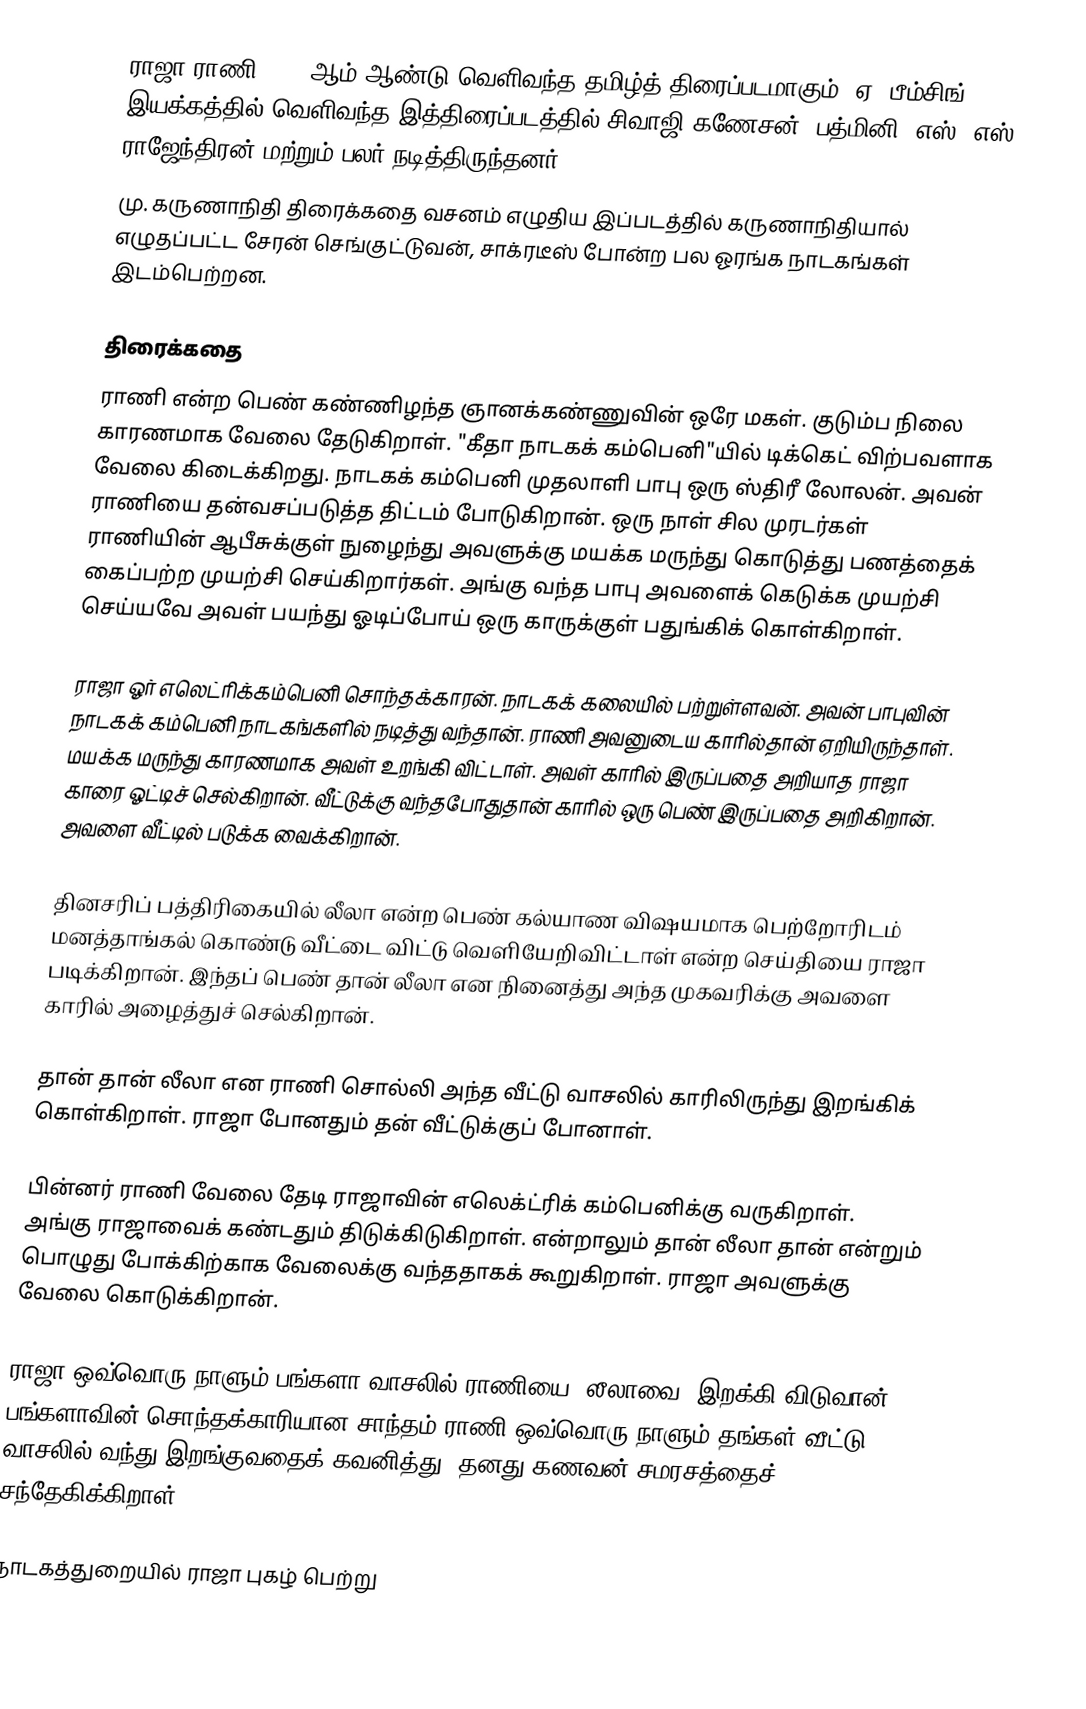
ராஜா ராணி 1956 ஆம் ஆண்டு வெளிவந்த தமிழ்த் திரைப்படமாகும். ஏ. பீம்சிங் இயக்கத்தில் வெளிவந்த இத்திரைப்படத்தில் சிவாஜி கணேசன், பத்மினி, எஸ். எஸ். ராஜேந்திரன் மற்றும் பலர் நடித்திருந்தனர்.
மு. கருணாநிதி திரைக்கதை வசனம் எழுதிய இப்படத்தில் கருணாநிதியால் எழுதப்பட்ட சேரன் செங்குட்டுவன், சாக்ரடீஸ் போன்ற பல ஓரங்க நாடகங்கள் இடம்பெற்றன.

திரைக்கதை
ராணி என்ற பெண் கண்ணிழந்த ஞானக்கண்ணுவின் ஒரே மகள். குடும்ப நிலை காரணமாக வேலை தேடுகிறாள். "கீதா நாடகக் கம்பெனி"யில் டிக்கெட் விற்பவளாக வேலை கிடைக்கிறது. நாடகக் கம்பெனி முதலாளி பாபு ஒரு ஸ்திரீ லோலன். அவன் ராணியை தன்வசப்படுத்த திட்டம் போடுகிறான். ஒரு நாள் சில முரடர்கள் ராணியின் ஆபீசுக்குள் நுழைந்து அவளுக்கு மயக்க மருந்து கொடுத்து பணத்தைக் கைப்பற்ற முயற்சி செய்கிறார்கள். அங்கு வந்த பாபு அவளைக் கெடுக்க முயற்சி செய்யவே அவள் பயந்து ஓடிப்போய் ஒரு காருக்குள் பதுங்கிக் கொள்கிறாள்.

ராஜா ஓர் எலெட்ரிக்கம்பெனி சொந்தக்காரன். நாடகக் கலையில் பற்றுள்ளவன். அவன் பாபுவின் நாடகக் கம்பெனி நாடகங்களில் நடித்து வந்தான். ராணி அவனுடைய காரில்தான் ஏறியிருந்தாள். மயக்க மருந்து காரணமாக அவள் உறங்கி விட்டாள். அவள் காரில் இருப்பதை அறியாத ராஜா காரை ஓட்டிச் செல்கிறான். வீட்டுக்கு வந்தபோதுதான் காரில் ஒரு பெண் இருப்பதை அறிகிறான். அவளை வீட்டில் படுக்க வைக்கிறான்.

தினசரிப் பத்திரிகையில் லீலா என்ற பெண் கல்யாண விஷயமாக பெற்றோரிடம் மனத்தாங்கல் கொண்டு வீட்டை விட்டு வெளியேறிவிட்டாள் என்ற செய்தியை ராஜா படிக்கிறான். இந்தப் பெண் தான் லீலா என நினைத்து அந்த முகவரிக்கு அவளை காரில் அழைத்துச் செல்கிறான்.

தான் தான் லீலா என ராணி சொல்லி அந்த வீட்டு வாசலில் காரிலிருந்து இறங்கிக் கொள்கிறாள். ராஜா போனதும் தன் வீட்டுக்குப் போனாள்.

பின்னர் ராணி வேலை தேடி ராஜாவின் எலெக்ட்ரிக் கம்பெனிக்கு வருகிறாள். அங்கு ராஜாவைக் கண்டதும் திடுக்கிடுகிறாள். என்றாலும் தான் லீலா தான் என்றும் பொழுது போக்கிற்காக வேலைக்கு வந்ததாகக் கூறுகிறாள். ராஜா அவளுக்கு வேலை கொடுக்கிறான்.

ராஜா ஒவ்வொரு நாளும் பங்களா வாசலில் ராணியை (லீலாவை) இறக்கி விடுவான். பங்களாவின் சொந்தக்காரியான சாந்தம் ராணி ஒவ்வொரு நாளும் தங்கள் வீட்டு வாசலில் வந்து இறங்குவதைக் கவனித்து, தனது கணவன் சமரசத்தைச் சந்தேகிக்கிறாள்.

நாடகத்துறையில் ராஜா புகழ் பெற்று